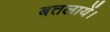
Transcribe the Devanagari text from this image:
बतलायें।